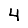
Digit: 4